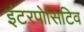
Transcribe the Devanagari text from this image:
इंटरपोसिटिव